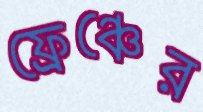
ফ্রেঞ্চের